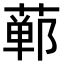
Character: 𫟕